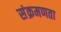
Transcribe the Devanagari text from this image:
संक्रमणता